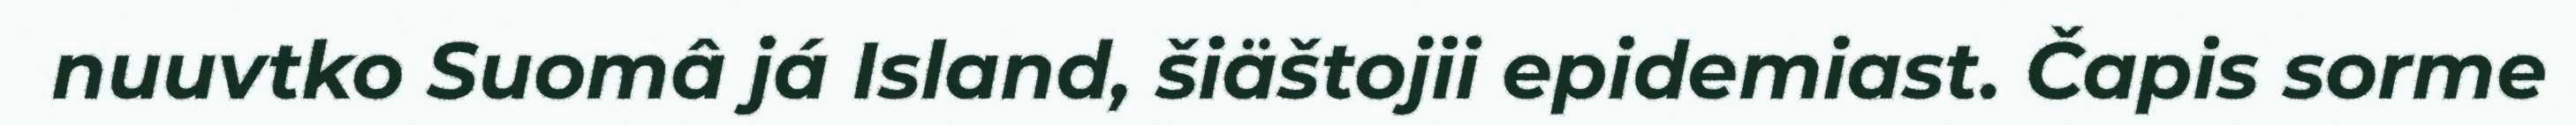
nuuvtko Suomâ já Island, šiäštojii epidemiast. Čapis sorme